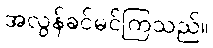
အလွန်ခင်မင်ကြသည်။